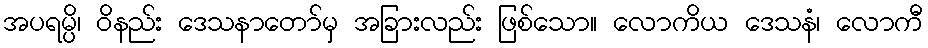
အပရမ္ပိ၊ ဝိနည်း ဒေသနာတော်မှ အခြားလည်း ဖြစ်သော။ လောကိယ ဒေသနံ၊ လောကီ